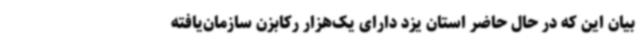
بیان این که در حال حاضر استان یزد دارای یک‌هزار رکابزن سازمان‌یافته